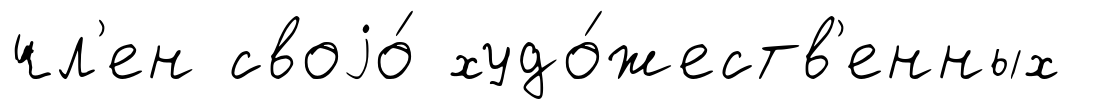
чл'ен своjо́ худо́жеств'енных